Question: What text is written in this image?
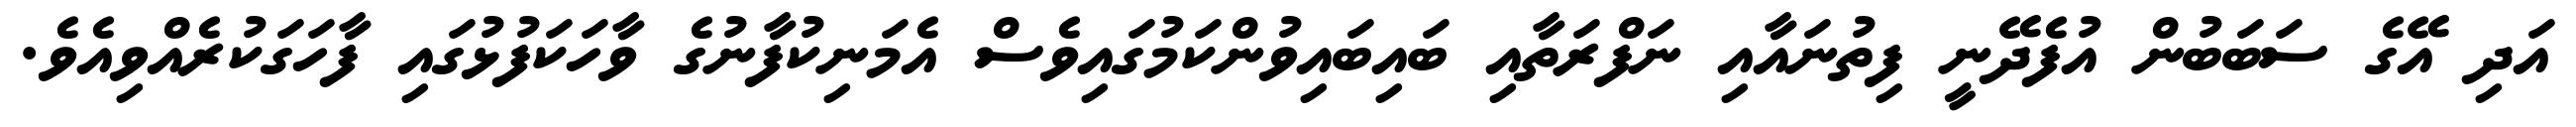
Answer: އަދި އޭގެ ސަބަބުން އުފެދޭނީ ފިތުނައާއި ނަފްރަތާއި ބައިބައިވުންކަމުގައިވެސް އެމަނިކުފާނުގެ ވާހަކަފުޅުގައި ފާހަގަކުރެއްވިއެވެ.